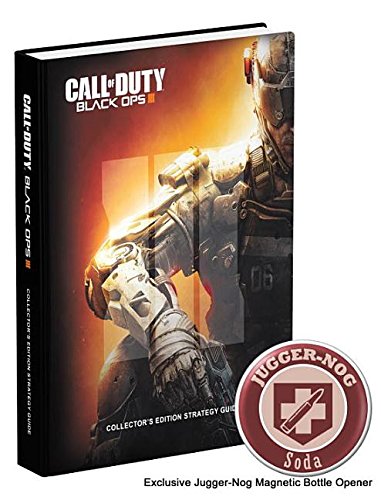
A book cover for Call of Duty: Black Ops III Collector's Edition Guide; Prima Games; Humor & Entertainment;